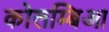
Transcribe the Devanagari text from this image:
कोलम्बिआ